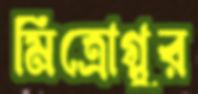
মিত্রোগ্লুর